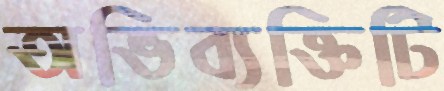
অভিব্যক্তিটি